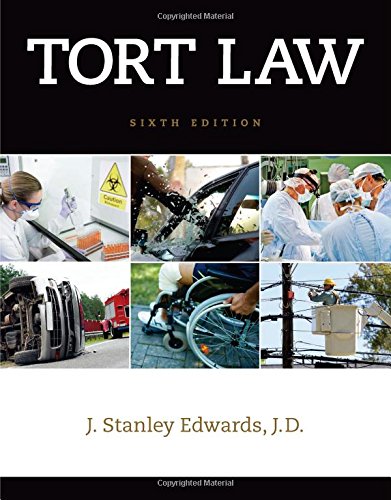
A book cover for Tort Law; J. Stanley Edwards; Law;